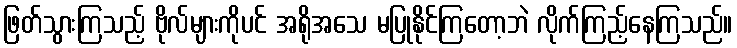
ဖြတ်သွားကြသည့် ဗိုလ်များကိုပင် အရိုအသေ မပြုနိုင်ကြတော့ဘဲ လိုက်ကြည့်နေကြသည်။